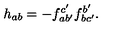
h _ { a b } = - f _ { a b ^ { \prime } } ^ { c ^ { \prime } } f _ { b c ^ { \prime } } ^ { b ^ { \prime } } .